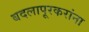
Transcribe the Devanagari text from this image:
बदलापूरकरांना